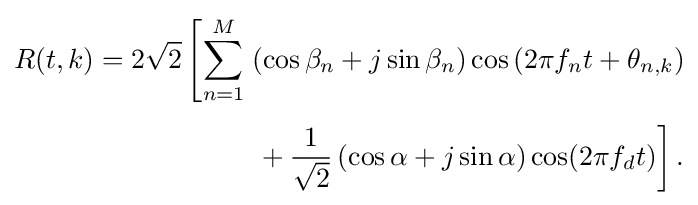
{\begin{aligned}R(t,k)=2{\sqrt {2}}\left[\sum _{n=1}^{M}\right.&\left(\cos \beta _{n}+j\sin \beta _{n}\right)\cos \left(2\pi f_{n}t+\theta _{n,k}\right)\\[4pt]&\left.{}+{\frac {1}{\sqrt {2}}}\left(\cos \alpha +j\sin \alpha \right)\cos(2\pi f_{d}t)\right].\end{aligned}}